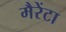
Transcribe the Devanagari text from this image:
मैरेंटा